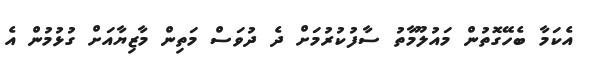
އެކަމާ ބެހޭގޮތުން މައުލޫމާތު ސާފުކުރުމަށް ދެ ދުވަސް މަތިން މާޒިޔާއަށް ގުޅުމުން އެ